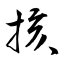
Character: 㧡